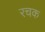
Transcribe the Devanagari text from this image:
रचक